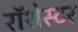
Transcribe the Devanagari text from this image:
रॉशेस्टर